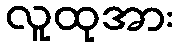
လူထုအား